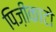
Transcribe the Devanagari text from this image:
पिज़ीकाटो